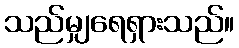
သည်မျှရေရှားသည်။